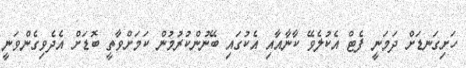
ހަށިގަނޑަށް ދަމަނީ ފެޓް އެކުލެވޭ ކާނާއާއި އެކުގައި ބޭނުންކުރުމުން ކަމަށްވާތީ ބޮޑަށް އެދެވިގެންވަނީ